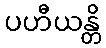
ပဟီယန္တိ